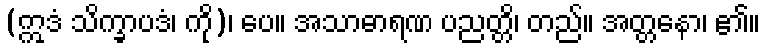
(ဣဒံ သိက္ခာပဒံ၊ ကို)၊ ပေ။ အသာဓာရဏ ပညတ္တိ၊ တည်။ အတ္တနော၊ ၏။